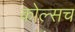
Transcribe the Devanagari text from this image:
कोल्सच